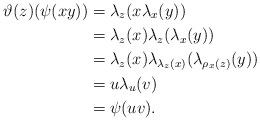
LaTeX: \begin{align*}\vartheta(z)(\psi(xy))& =\lambda_z(x\lambda_x(y))\\& =\lambda_z(x)\lambda_z(\lambda_x(y))\\& =\lambda_z(x)\lambda_{\lambda_z(x)}(\lambda_{\rho_x(z)}(y))\\& =u\lambda_u(v)\\& =\psi(uv).\end{align*}